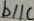
b / / c